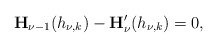
\begin{align*}\mathbf{H}_{\nu-1}(h_{\nu,k})-\mathbf{H}_\nu'(h_{\nu,k})=0,\end{align*}